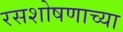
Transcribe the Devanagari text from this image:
रसशोषणाच्या